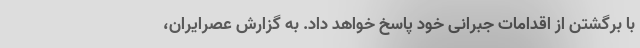
با برگشتن از اقدامات جبرانی خود پاسخ خواهد داد. به گزارش عصرایران،